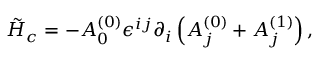
\tilde { \cal H } _ { c } = - A _ { 0 } ^ { ( 0 ) } \epsilon ^ { i j } \partial _ { i } \left( A _ { j } ^ { ( 0 ) } + A _ { j } ^ { ( 1 ) } \right) ,